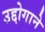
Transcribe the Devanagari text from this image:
उद्दोगाने